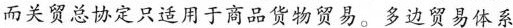
而关贸总协定只适用于商品货物贸易。多边贸易体系